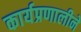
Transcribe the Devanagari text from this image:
कार्यप्रणालीने